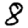
Digit: 8